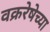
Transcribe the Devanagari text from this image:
वक्ररेषेच्या